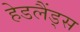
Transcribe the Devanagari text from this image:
हेडलैंड्स